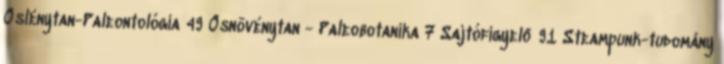
Öslénytan-Paleontológia 49 Ősnövénytan - Paleobotanika 7 Sajtófigyelő 91 Steampunk-tudomány